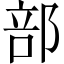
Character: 部